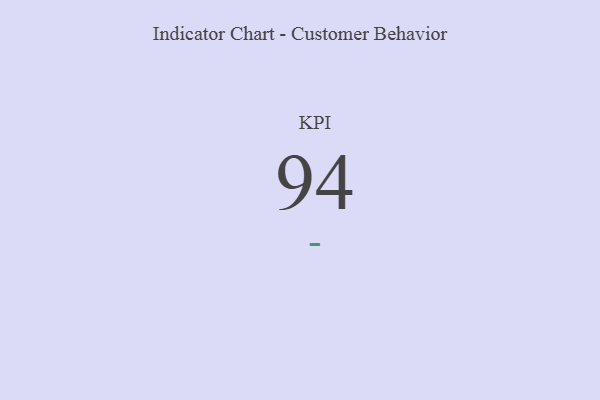
{"axis": {"x": "KPI", "y": "Value"}, "legend": [""], "data": [{"x": "KPI", "y": 94, "type": ""}]}